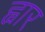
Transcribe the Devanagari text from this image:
ह्वार